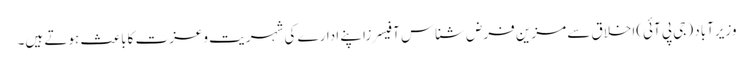
وزیرآباد (جی پی آئی)اخلاق سے مزین فرض شناس آفیسرزاپنے ادارے کی شہریت وعزت کاباعث ہوتے ہیں۔